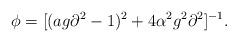
LaTeX: \begin{align*}\phi=[(ag\partial^2-1)^2+4\alpha^2g^2\partial^2]^{-1}.\end{align*}